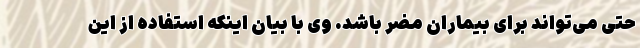
حتی می‌تواند برای بیماران مضر باشد. وی با بیان اینکه استفاده از این